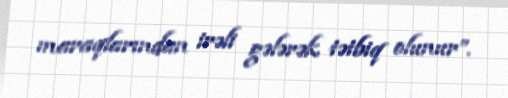
maraqlarından irəli gələrək tətbiq olunur”.